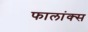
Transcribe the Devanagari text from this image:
फालांक्स